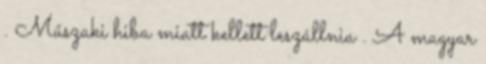
. Műszaki hiba miatt kellett leszállnia . A magyar